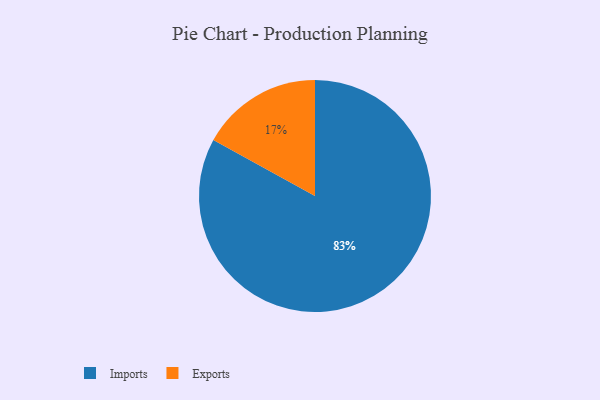
{"axis": {"x": "Category", "y": "Percentage"}, "legend": ["Exports", "Imports"], "data": [{"x": "Exports", "y": 17, "type": "Exports"}, {"x": "Imports", "y": 83, "type": "Imports"}]}